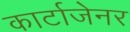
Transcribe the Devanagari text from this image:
कार्टाजेनर